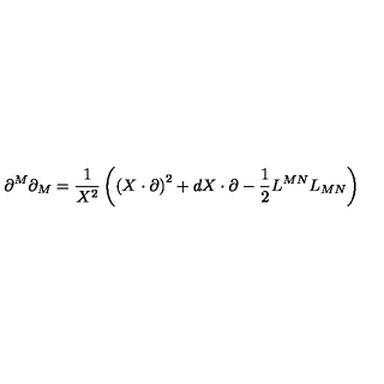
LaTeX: \partial ^ { M } \partial _ { M } = \frac { 1 } { X ^ { 2 } } \left( \left( X \cdot \partial \right) ^ { 2 } + d X \cdot \partial - \frac { 1 } { 2 } L ^ { M N } L _ { M N } \right)